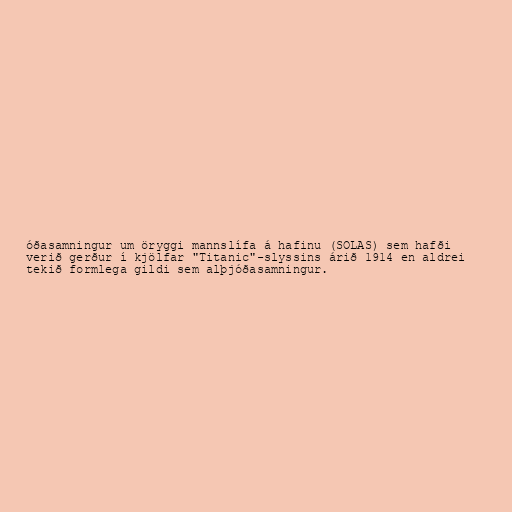
óðasamningur um öryggi mannslífa á hafinu (SOLAS) sem hafði
verið gerður í kjölfar "Titanic"-slyssins árið 1914 en aldrei
tekið formlega gildi sem alþjóðasamningur.